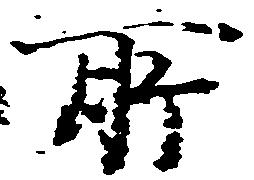
所